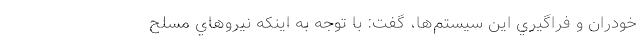
خودران و فراگيري اين سيستم‌ها، گفت: با توجه به اينكه نيروهاي مسلح